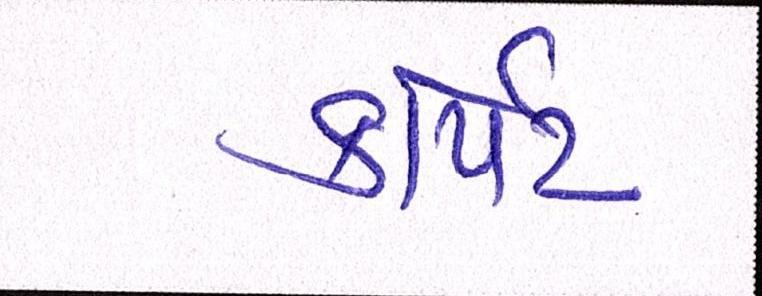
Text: કાર્પેટ